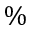
\%